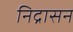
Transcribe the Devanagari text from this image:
निद्रासन